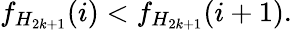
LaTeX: f_{H_{2k+1}}(i)<f_{H_{2k+1}}(i+1).